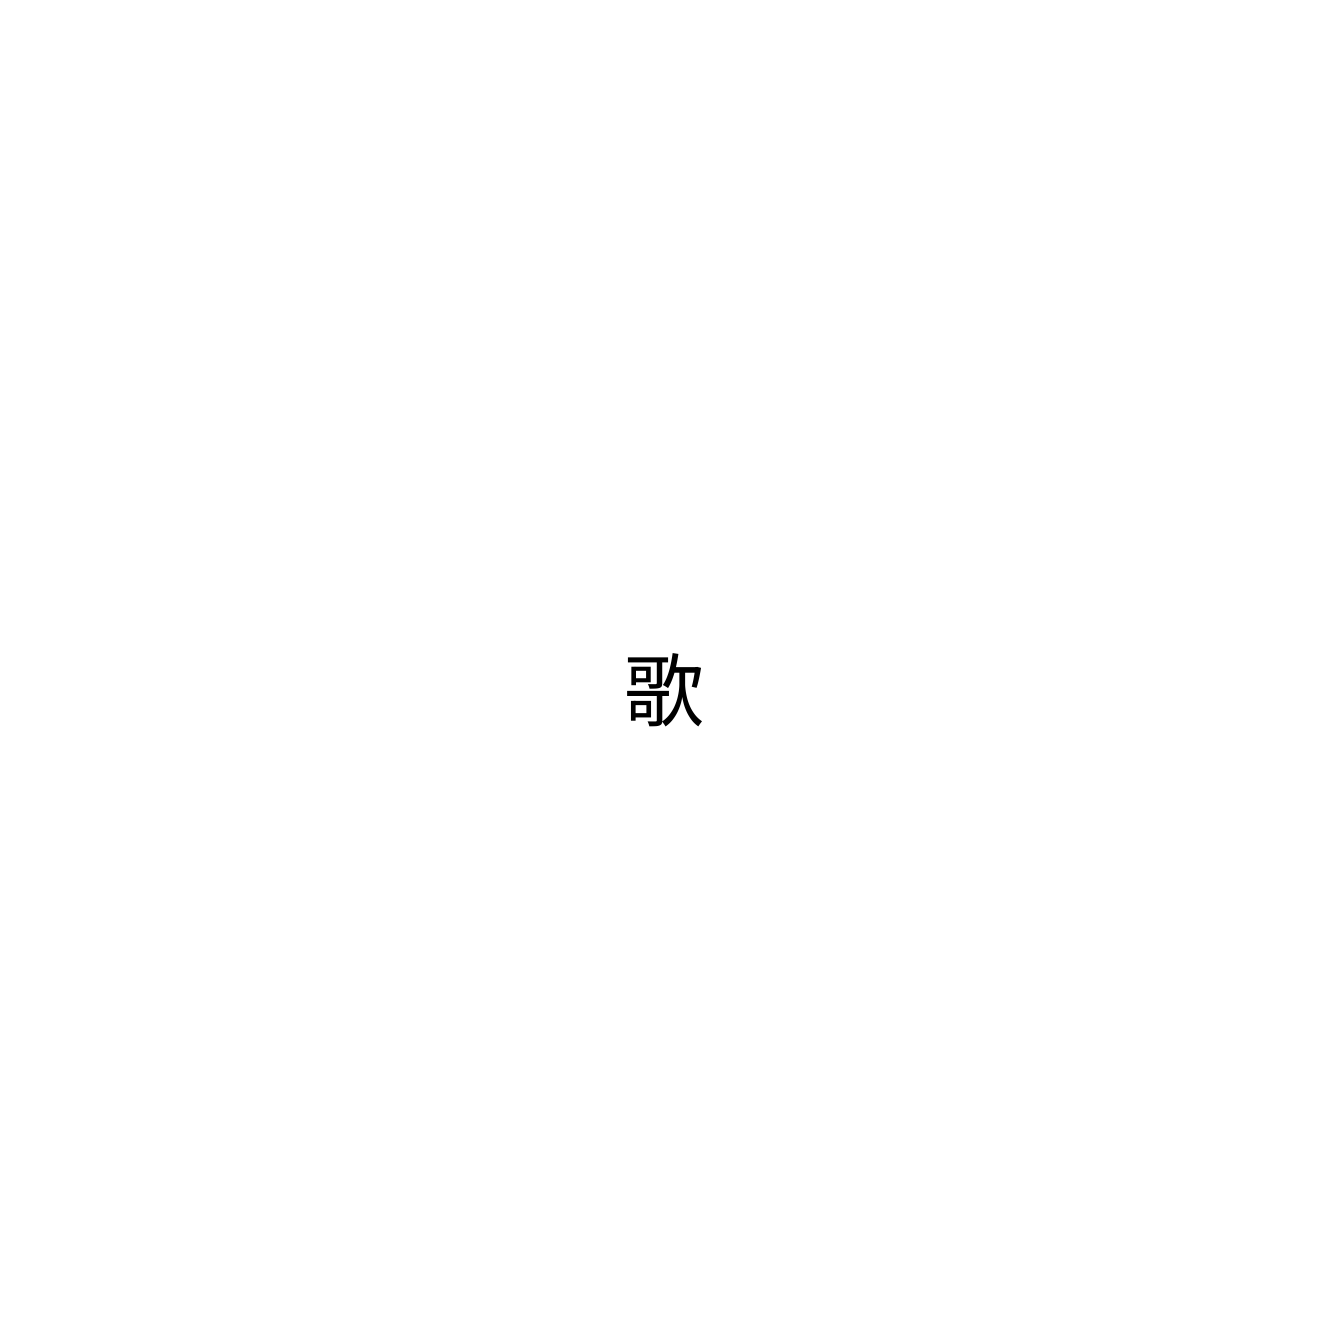
歌